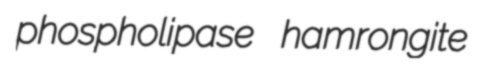
phospholipase hamrongite